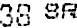
38 SR